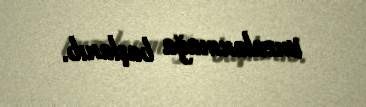
imzalanmağa başlanıb.